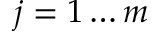
j = 1 \ldots m